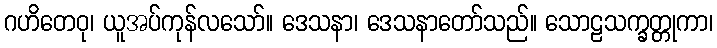
ဂဟိတေဝု၊ ယူအပ်ကုန်လသော်။ ဒေသနာ၊ ဒေသနာတော်သည်။ သောဠသက္ခတ္တုကာ၊